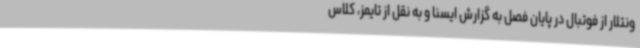
ونتلار از فوتبال در پایان فصل به گزارش ایسنا و به نقل از تایمز، کلاس